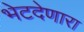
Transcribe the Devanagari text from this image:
भेटदेणारा